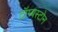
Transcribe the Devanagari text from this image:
टॉम्बस्टोन